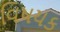
વિષયક